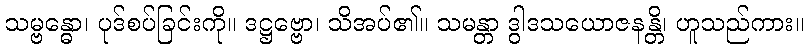
သမ္ဗန္ဓော၊ ပုဒ်စပ်ခြင်းကို။ ဒဋ္ဌဗ္ဗော၊ သိအပ်၏။ သမန္တာ ဒွါဒသယောဇနန္တိ၊ ဟူသည်ကား။